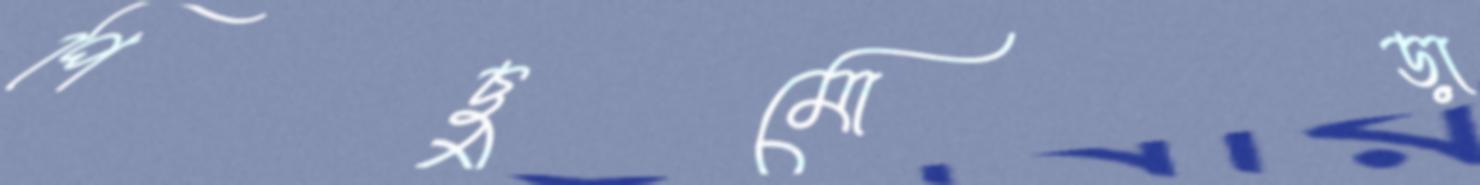
পিছুমোড়া